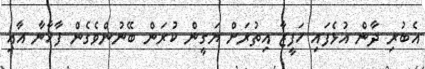
އެބުރި ދާން އުޅެފައި ހަފީޒާ އިތުރަށް ޔަގީން ކުރަން ބޭނުންވެގެން ފާޚާނާ އާއި